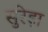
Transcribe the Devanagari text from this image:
सुरेड़ा